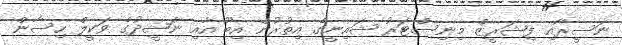
ނަސީރާއި ފިޝަރީޒް މިނިސްޓަރު ޝައިނީގެ އިތުރުން އިބޫ އާއި ނަޝީދުގެ ވަކީލް ހިސާން